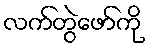
လက်တွဲဖော်ကို